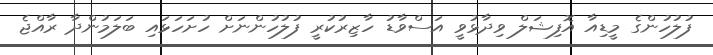
ފުލުހުންގެ މީޑިއާ އޮފިޝަލް ވިދާޅުވީ އަސްވާޑު ހާޒިރުކުރީ ފުލުހުންނަށް ހުށަހަޅައި ބަލަމުންދާ ރާއްޖެ